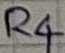
Text: R4